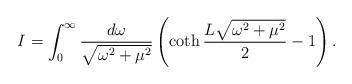
LaTeX: \begin{align*}I =\int_{0}^\infty \frac {d\omega}{\sqrt{\omega^2 + \mu^2}} \left( \coth \frac {L\sqrt{\omega^2 +\mu^2}}2 - 1\right) .\end{align*}